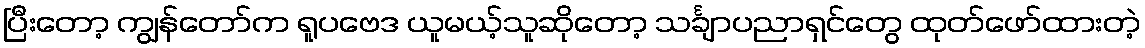
ပြီးတော့ ကျွန်တော်က ရူပဗေဒ ယူမယ့်သူဆိုတော့ သင်္ချာပညာရှင်တွေ ထုတ်ဖော်ထားတဲ့